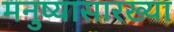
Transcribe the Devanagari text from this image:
मनुष्यासारख्या